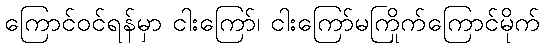
ကြောင်ဝင်ရန်မှာ ငါးကြော်၊ ငါးကြော်မကြိုက်ကြောင်မိုက်